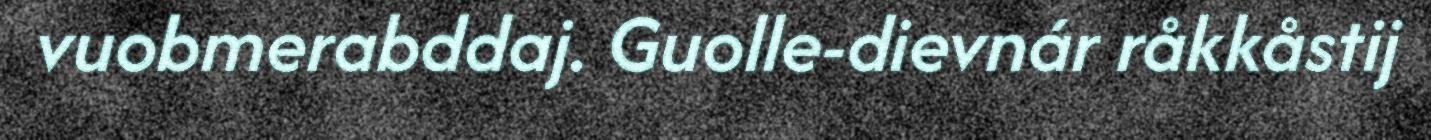
vuobmerabddaj. Guolle-dievnár råkkåstij